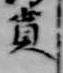
奠